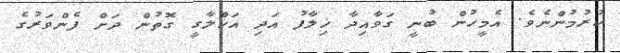
ކުރުމުންނެވެ. އެމީހުން ބުނީ ގަވާއިދާ ޚިލާފު އަދި އަޚްލާގީ ގޮތުން ދަށް ފެންވަރުގެ